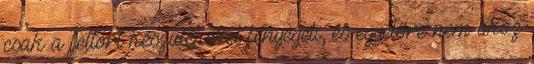
csak a feltört készülékeket fenyegeti, és egyelőre nem okoz